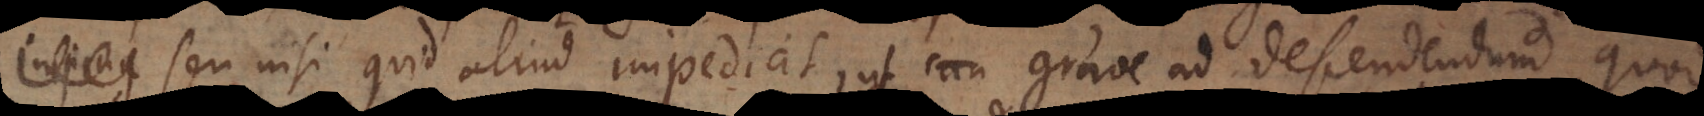
seu nisi quid aliud impediat, ut grave ad descendendum, quod